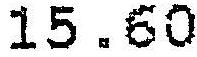
15.60